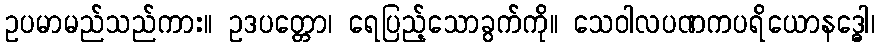
ဥပမာမည်သည်ကား။ ဥဒပတ္တော၊ ရေပြည့်သောခွက်ကို။ သေဝါလပဏကပရိယောနဒ္ဓေါ၊